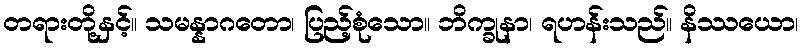
တရားတို့နှင့်။ သမန္နာဂတော၊ ပြည့်စုံသော။ ဘိက္ခုနာ၊ ရဟန်းသည်။ နိဿယော၊